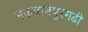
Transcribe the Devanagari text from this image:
मकवानपुरगढी